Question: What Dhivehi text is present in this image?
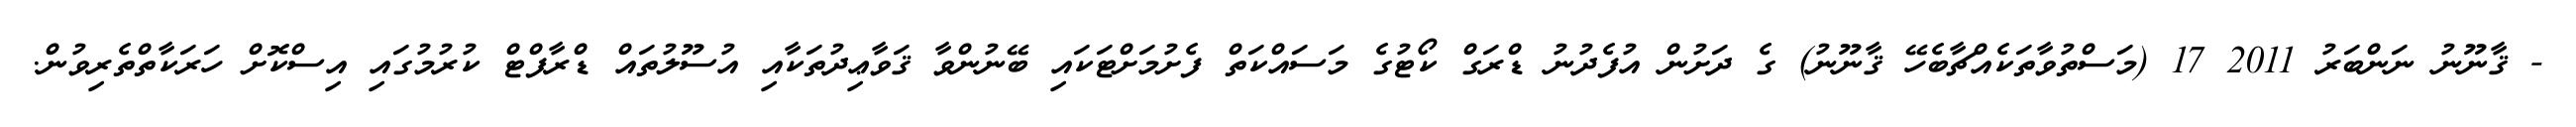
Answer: - ޤާނޫނު ނަންބަރު 2011 17 (މަސްތުވާތަކެއްޗާބެހޭ ޤާނޫނު) ގެ ދަށުން އުފެދުނު ޑްރަގް ކޯޓުގެ މަސައްކަތް ފެށުމަށްޓަކައި ބޭނުންވާ ޤަވާޢިދުތަކާއި އުސޫލުތައް ޑްރާފްޓް ކުރުމުގައި އިސްކޮށް ހަރަކާތްތެރިވުން.